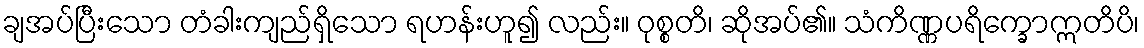
ချအပ်ပြီးသော တံခါးကျည်ရှိသော ရဟန်းဟူ၍ လည်း။ ဝုစ္စတိ၊ ဆိုအပ်၏။ သံကိဏ္ဏပရိက္ခောဣတိပိ၊